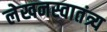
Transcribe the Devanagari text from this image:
लेखनस्वातंत्र्य